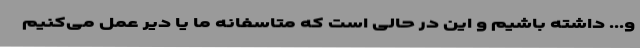
و... داشته باشیم و این در حالی است که متاسفانه ما یا دیر عمل می‌کنیم